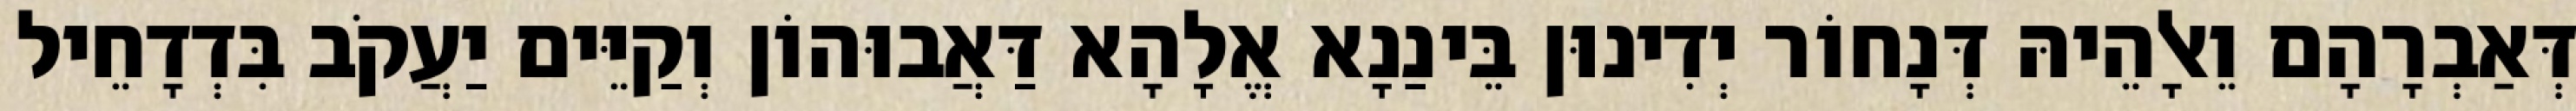
דְּאַבְרָהָם וֵאלָהֵיהּ דְּנָחוֹר יְדִינוּן בֵּינַנָא אֱלָהָא דַּאֲבוּהוֹן וְקַיֵּים יַעֲקֹב בִּדְדָחֵיל